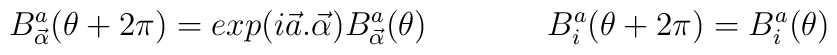
B^a_{\vec{\alpha}} (\theta + 2\pi)= exp(i \vec{a}. \vec{\alpha} )B^a_{\vec{\alpha}} (\theta) \hspace{.6 in}B^a_i(\theta +2 \pi)=B^a_i(\theta)